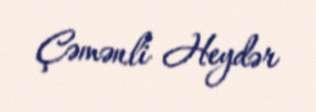
Çəmənli Heydər